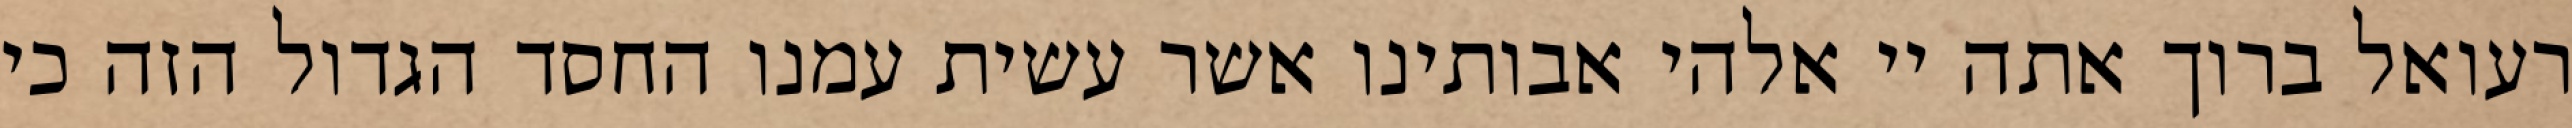
רעואל ברוך אתה יי אלהי אבותינו אשר עשית עמנו החסד הגדול הזה כי